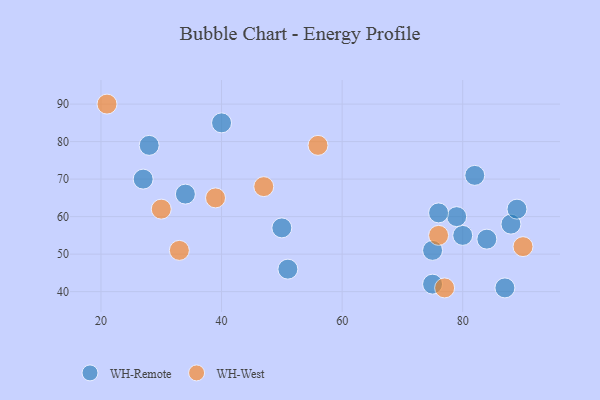
{"axis": {"x": "GDP", "y": "Life Expectancy"}, "legend": ["WH-Remote", "WH-West"], "data": [{"x": "28", "y": 79, "type": "WH-Remote"}, {"x": "34", "y": 66, "type": "WH-Remote"}, {"x": "87", "y": 41, "type": "WH-Remote"}, {"x": "75", "y": 42, "type": "WH-Remote"}, {"x": "88", "y": 58, "type": "WH-Remote"}, {"x": "27", "y": 70, "type": "WH-Remote"}, {"x": "89", "y": 62, "type": "WH-Remote"}, {"x": "51", "y": 46, "type": "WH-Remote"}, {"x": "80", "y": 55, "type": "WH-Remote"}, {"x": "82", "y": 71, "type": "WH-Remote"}, {"x": "79", "y": 60, "type": "WH-Remote"}, {"x": "40", "y": 85, "type": "WH-Remote"}, {"x": "84", "y": 54, "type": "WH-Remote"}, {"x": "76", "y": 61, "type": "WH-Remote"}, {"x": "50", "y": 57, "type": "WH-Remote"}, {"x": "75", "y": 51, "type": "WH-Remote"}, {"x": "47", "y": 68, "type": "WH-West"}, {"x": "39", "y": 65, "type": "WH-West"}, {"x": "21", "y": 90, "type": "WH-West"}, {"x": "76", "y": 55, "type": "WH-West"}, {"x": "90", "y": 52, "type": "WH-West"}, {"x": "33", "y": 51, "type": "WH-West"}, {"x": "30", "y": 62, "type": "WH-West"}, {"x": "56", "y": 79, "type": "WH-West"}, {"x": "77", "y": 41, "type": "WH-West"}]}